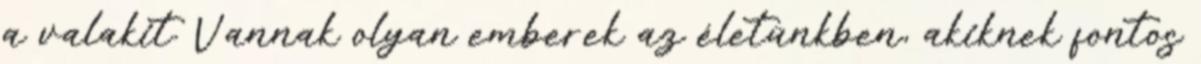
a valakit. Vannak olyan emberek az életünkben, akiknek fontos